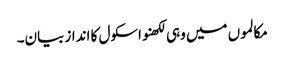
مکالموں میں وہی لکھنو اسکول کا انداز بیان۔